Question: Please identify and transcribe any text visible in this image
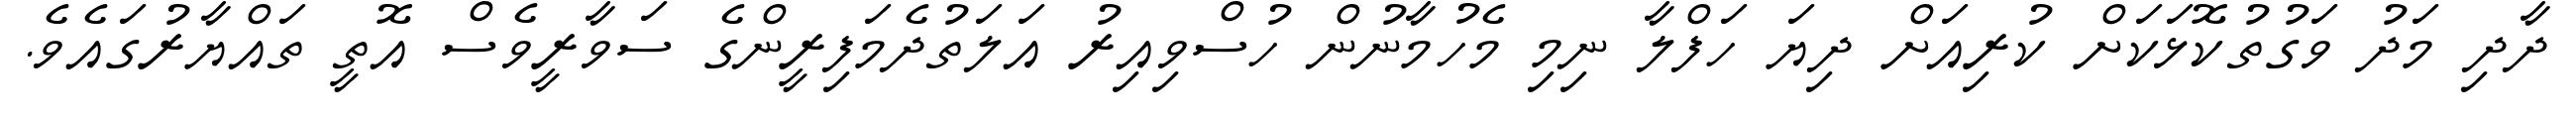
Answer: ދާދި މަދު ވަގުތުކޮޅަކަށް ކުރިއަށް ދިޔަ ހަފްލާ ނިމި މެހުމާނުން ހުސްވިއިރު އަލަތުދެމަފިރީންގެ ސަވާރީވެސް އޮތީ ތައްޔާރުގައެވެ.